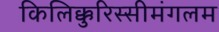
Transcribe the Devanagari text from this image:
किलिक्कुरिस्सीमंगलम